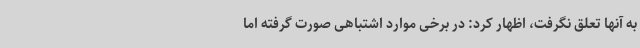
به آنها تعلق نگرفت، اظهار کرد: در برخی موارد اشتباهی صورت گرفته اما